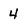
Character: 4